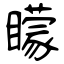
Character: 矇